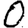
Digit: 0